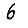
Digit: 6